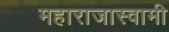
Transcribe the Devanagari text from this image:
महाराजास्‍वामी